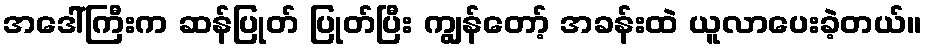
အဒေါ်ကြီးက ဆန်ပြုတ် ပြုတ်ပြီး ကျွန်တော့် အခန်းထဲ ယူလာပေးခဲ့တယ်။